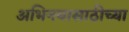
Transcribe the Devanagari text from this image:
अभिनयासाठीच्या